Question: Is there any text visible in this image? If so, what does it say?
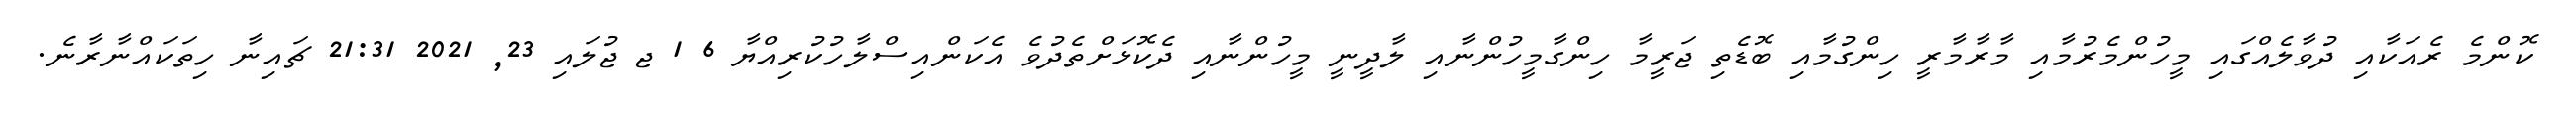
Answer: ކޮންމެ ރެއަކާއި ދުވާލެއްގައި މީހުންމެރުމާއި މާރާމާރީ ހިންގުމާއި ބޮޑެތި ޖަރީމާ ހިންގާމީހުންނާއި ލާދީނީ މީހުންނާއި ދެކޮޅަށްތެދުވެ އެކަންއިސްލާހުކުރިއްޔާ 6 1 ޖ ޖުލައި 23, 2021 21:31 ޗައިނާ ހިތަކައްނާރާނެ.